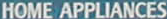
HOME APPLIANCES